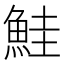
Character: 鮭